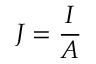
J = { \frac { I } { A } }